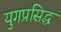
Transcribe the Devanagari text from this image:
युगप्रसिद्ध